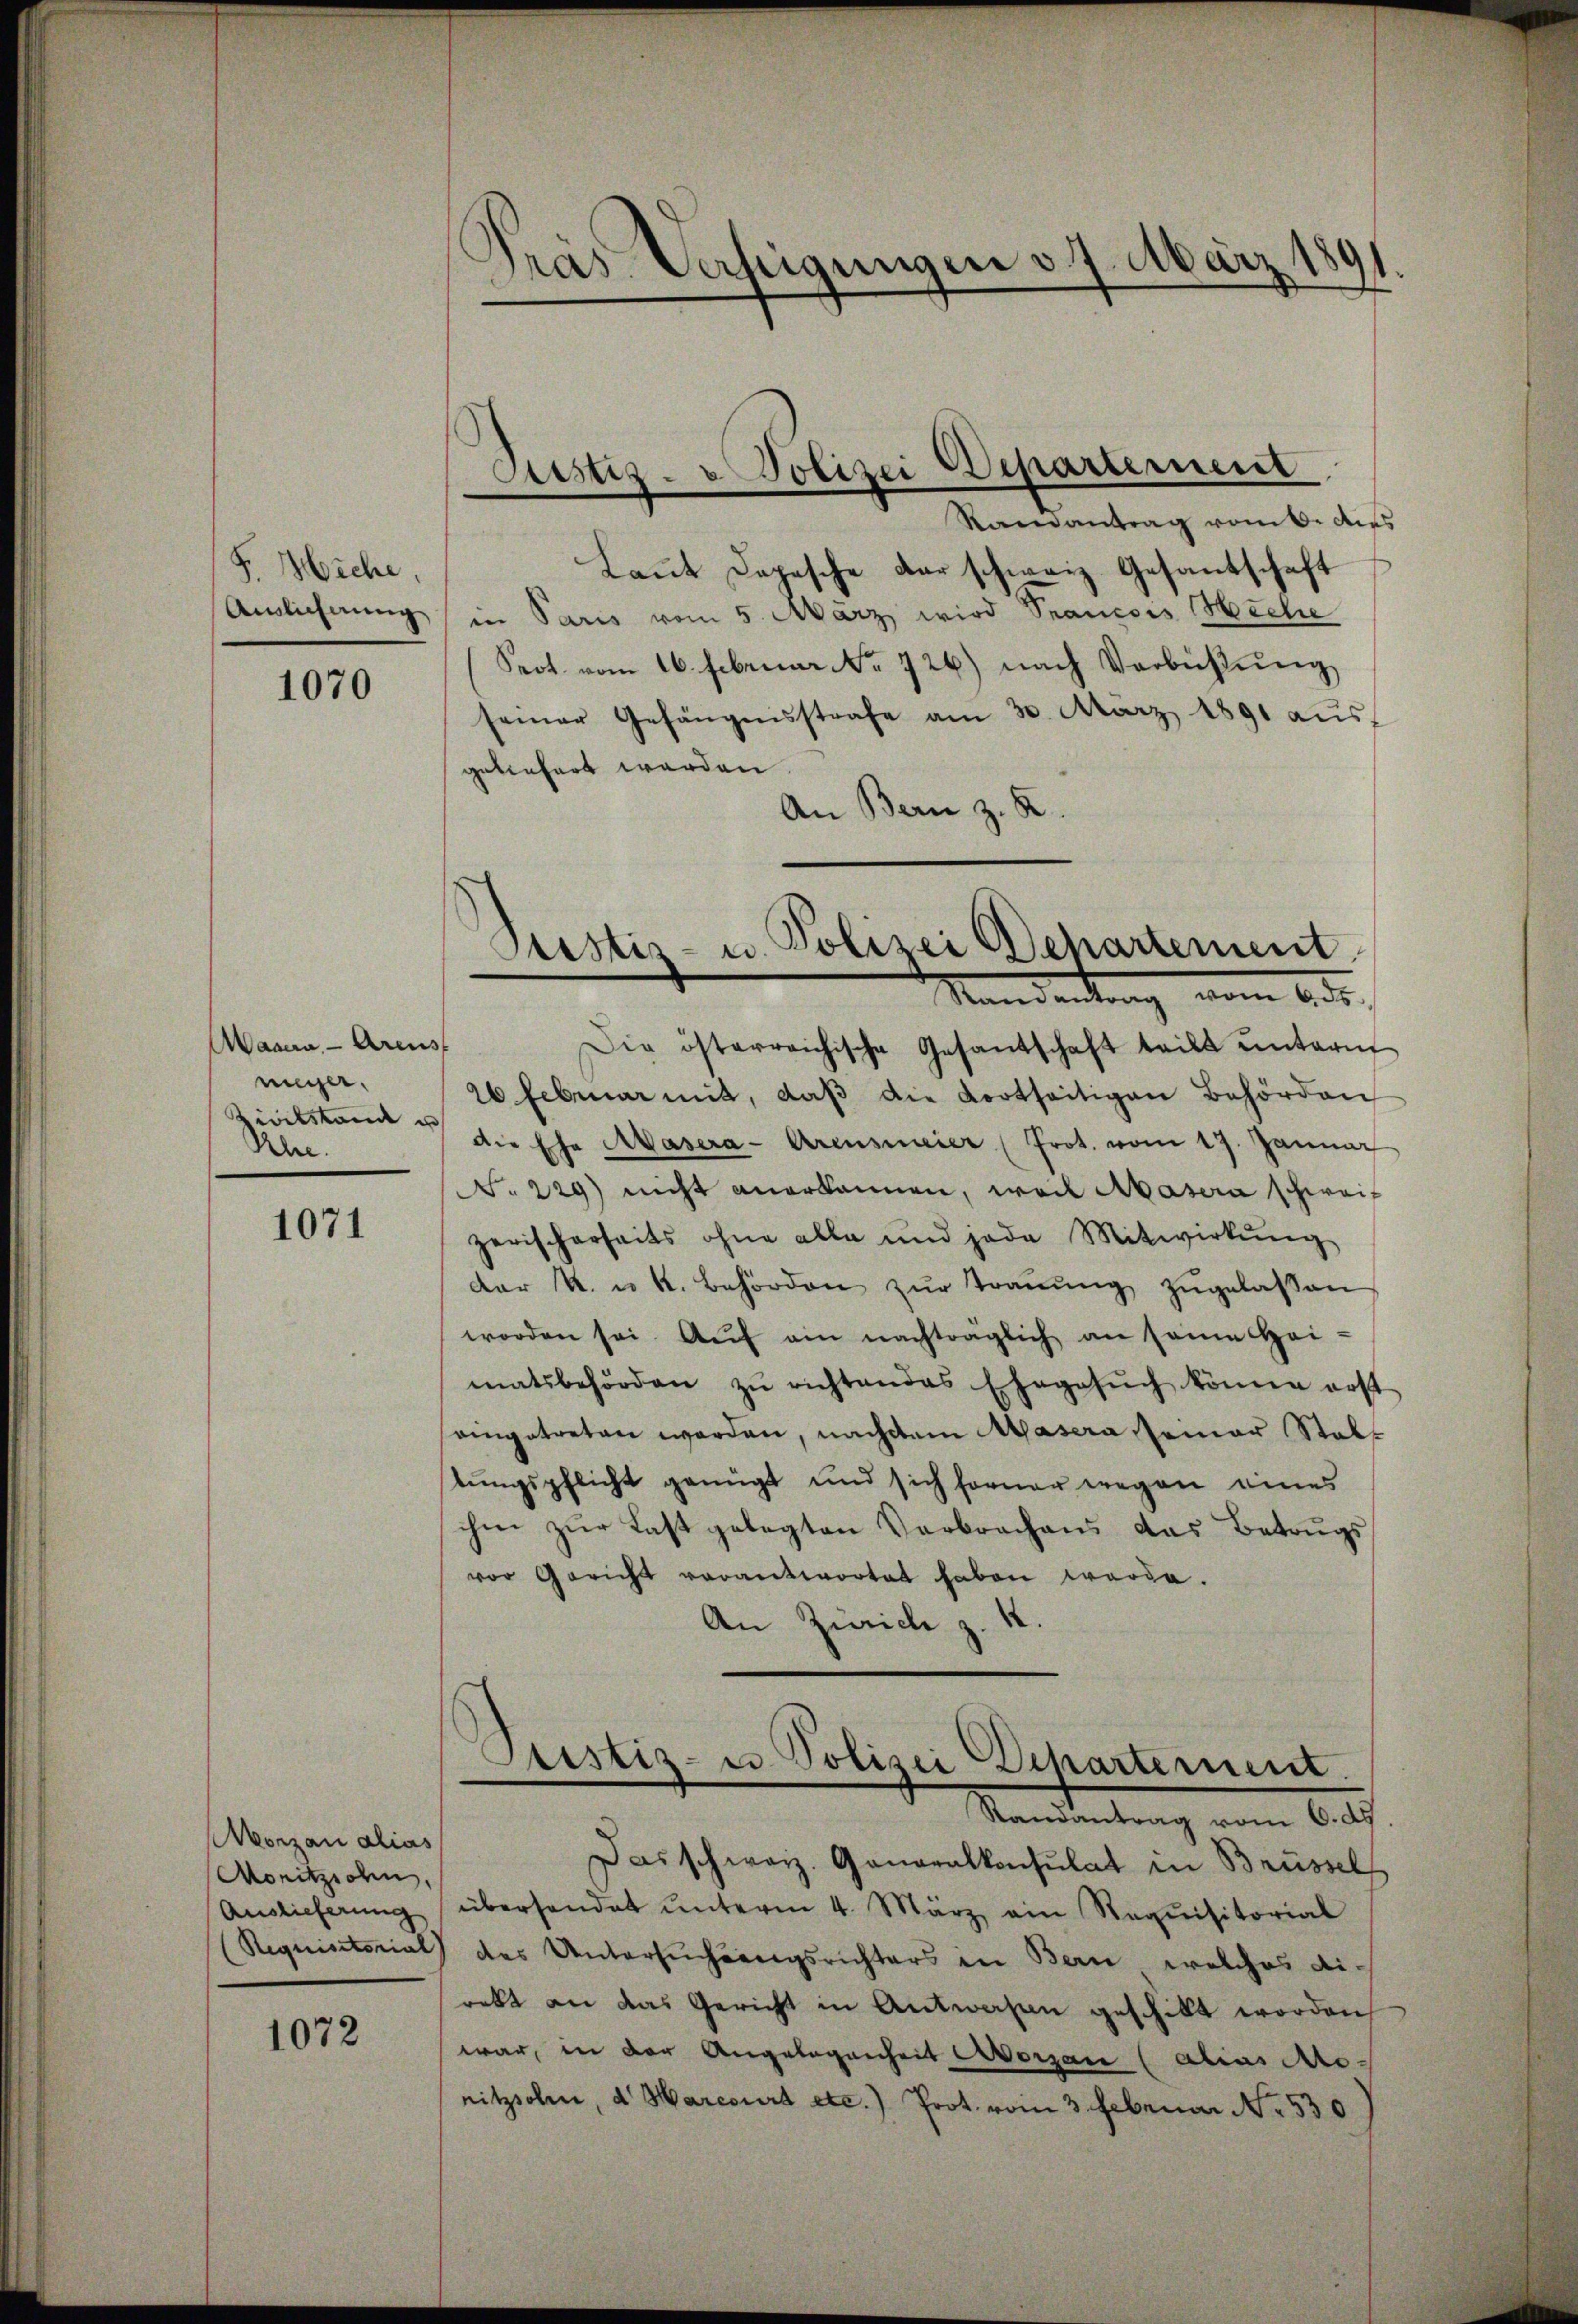
F. Hiehe,
Ainlichnung

1070

Masera Arens
neger.
Ziitstand un
Rhe.

1071

Worzau alias
Moritzion,
Auslieferung

1072

Gras Verfügungen v. 7. März 18
.

Randantrag vom 6. Aus
Laut Depesche der schweiz. Gesandschaft
in Paris vom 5. März wird Srancois Heche
Prot. vom 16. Februar No. 726.) nach Verbüchlŭng
seiner Gefängensstrafe am 30. März 1891 aŭs
gebenfert werden.
An Bern z. R.

Justiz- Polizei Departement

Justiz- u. Polizei Departement
Mandantung vom 6 de

Die österreichische Gesantschaft teilt ŭnterm
26 Februar mit, daß die dortseitigen Behörden
die Ehe Masera Arensmeier (Prot. vom 17. Januar
N. 229) nicht anerkannen, weil Masera schweiz
zerischerheits ohne alle und jede Mitwirkŭng
der k. u. k. Behörden zŭr Traŭŭng zugelassen
worden sei. Aŭf ein nachträglich an seine Hei-
matsbehörden zŭ richtendes Ehegesŭch könne erst
seingetreten werden, nachdem Masera semar Staltungspflicht genügt und sich ferner wegen eines
ihm zŭr Last gelegten Verbrachens das Betrugs
vor Gericht verantwortet haben werde.
An Zürich z.

Sistiz- u. Polizei Departement.
—
Namentrag vom let

Das schweiz. Generalkonsulat in Brüssel
überhandet ŭnterm 4. März ein Requisitorial
(Requisitorial des Untersŭchungsrichters in Bern, welches di-
rebt an das Gericht in Antworten geschilt worden,
war, in der Angelegenheit organ (alias Monitzsolen, d. Marcourt etc.) Prot. vom 3. Februar No. 530